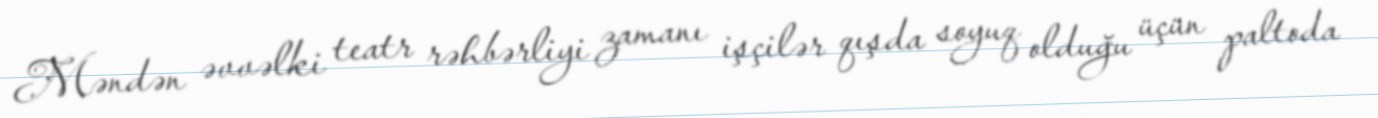
Məndən əvvəlki teatr rəhbərliyi zamanı işçilər qışda soyuq olduğu üçün paltoda